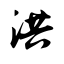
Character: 洪